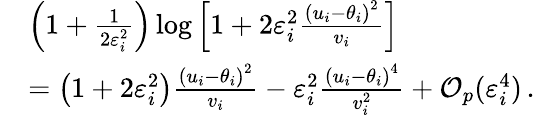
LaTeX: \begin{array}{rl}&{\left(1+\frac{1}{2\varepsilon_{i}^{2}}\right)\log{\left[1+2\varepsilon_{i}^{2}\frac{\left(u_{i}-\theta_{i}\right)^{2}}{v_{i}}\right]}}\\ &{=\left(1+2\varepsilon_{i}^{2}\right)\frac{\left(u_{i}-\theta_{i}\right)^{2}}{v_{i}}-\varepsilon_{i}^{2}\frac{\left(u_{i}-\theta_{i}\right)^{4}}{v_{i}^{2}}+\mathcal{O}_{p}(\varepsilon_{i}^{4})\, .}\end{array}